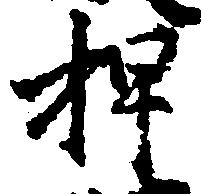
押